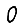
Digit: 0